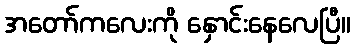
အတော်ကလေးကို နှောင်းနေလေပြီ။